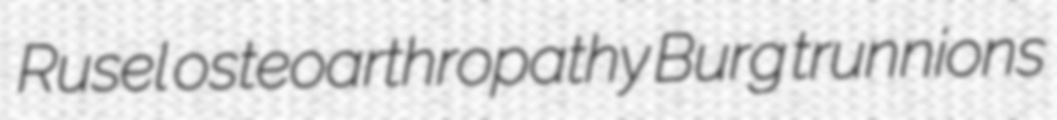
Rusel osteoarthropathy Burg trunnions